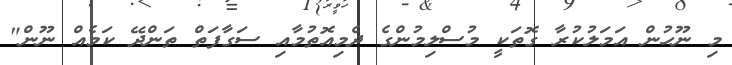
މި ނޫހުން އަމަލުކުރާ ގޮތަކީ މުސްލިމުންގެ ދެމިއޮތުމާއި ސަގާފަތް ތަންދޭ ކަމެއް ނޫން"